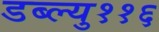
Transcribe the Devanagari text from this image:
डब्ल्यु११६